Senior Leaving Certificate Examination (including Day School Certificate (Higher) General paper), 1948
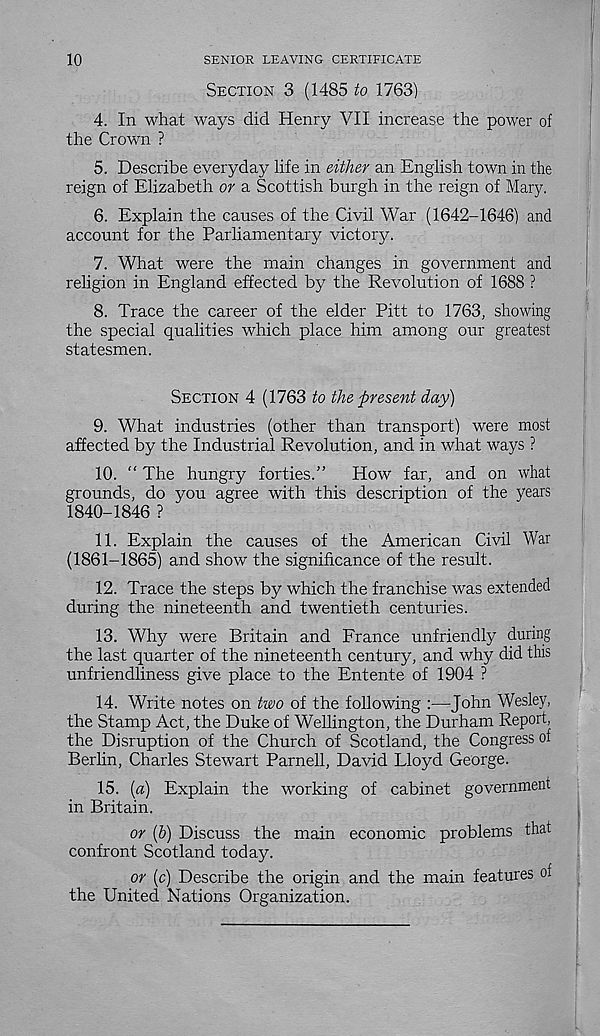
10
SENIOR LEAVING CERTIFICATE
SECTION 3 (1485 to 1763)
4. In what ways did Henry VII increase the power of
the Crown ?
5. Describe everyday life in either an English town in the
reign of Elizabeth or a Scottish burgh in the reign of Mary.
6. Explain the causes of the Civil War (1642-1646) and
account for the Parliamentary victory.
7. What were the main changes in government and
religion in England effected by the Revolution of 1688 ?
8. Trace the career of the elder Pitt to 1763, showing
the special qualities which place him among our greatest
statesmen.
SECTION 4 (1763 to the present day)
9. What industries (other than transport) were most
affected by the Industrial Revolution, and in what ways ?
10. “ The hungry forties.” How far, and on what
grounds, do you agree with this description of the years
1840-1846 ?
11. Explain the causes of the American Civil War
(1861-1865) and show the significance of the result.
12. Trace the steps by which the franchise was extended
during the nineteenth and twentieth centuries.
13. Why were Britain and France unfriendly during
the last quarter of the nineteenth century, and why did this
unfriendliness give place to the Entente of 1904 ?
14. Write notes on two of the following :—John Wesley,
the Stamp Act, the Duke of Wellington, the Durham Report,
the Disruption of the Church of Scotland, the Congress of
Berlin, Charles Stewart Parnell, David Lloyd George.
15. (a) Explain the working of cabinet government
in Britain.
or (b) Discuss the main economic problems that
confront Scotland today.
or (c) Describe the origin and the main features of
the United Nations Organization.